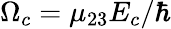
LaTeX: {\Omega_{c}}={\mu_{23}}{E_{c}}/\hbar